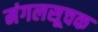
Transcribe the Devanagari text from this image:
मंगलसूचक